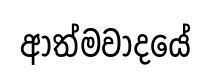
ආත්මවාදයේ